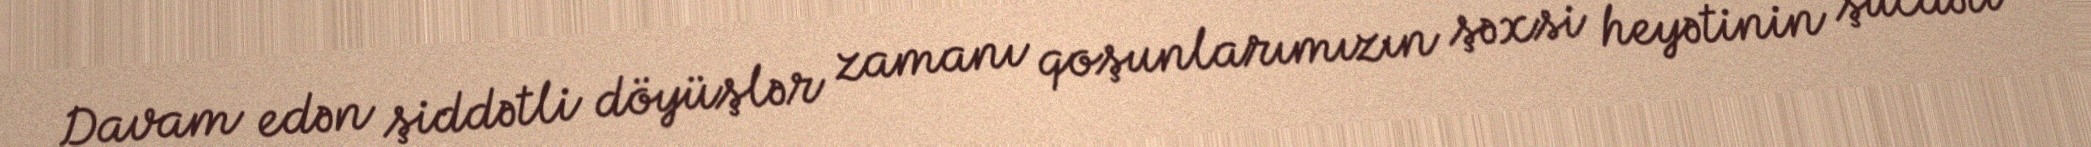
Davam edən şiddətli döyüşlər zamanı qoşunlarımızın şəxsi heyətinin şücaəti